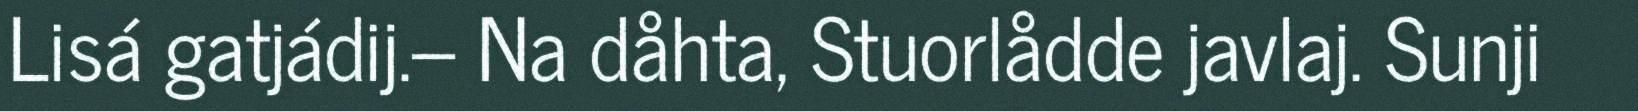
Lisá gatjádij.– Na dåhta, Stuorlådde javlaj. Sunji